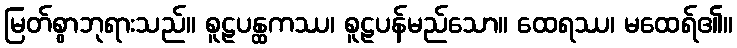
မြတ်စွာဘုရားသည်။ စူဠပန္ထကဿ၊ စူဠပန်မည်သော။ ထေရဿ၊ မထေရ်၏။